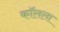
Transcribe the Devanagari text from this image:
कॉलला